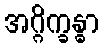
အဂ္ဂိက္ခန္ဓာ